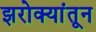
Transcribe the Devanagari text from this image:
झरोक्यांतून